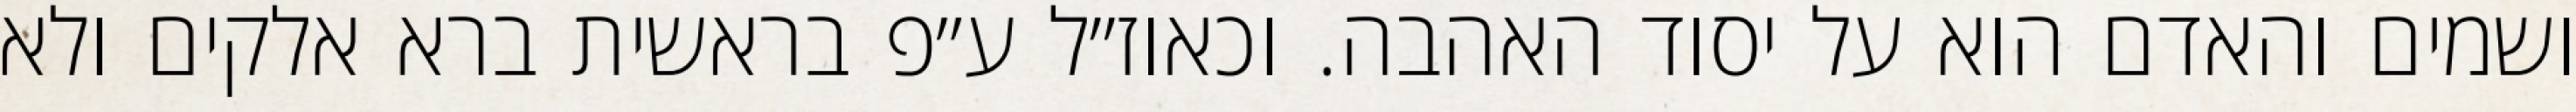
ושמים והאדם הוא על יסוד האהבה. וכאוז״ל ע״פ בראשית ברא אלקים ולא